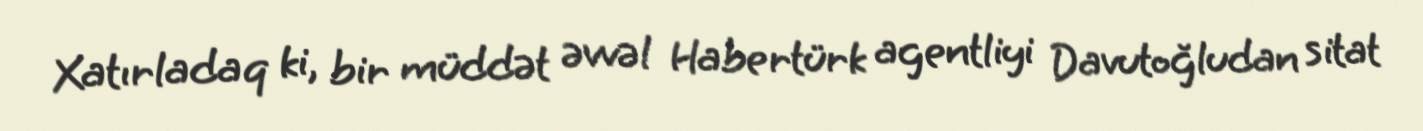
Xatırladaq ki, bir müddət əvvəl Habertürk agentliyi Davutoğludan sitat